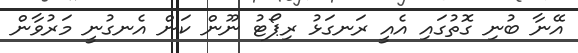
އޭނާ ބުނި ގޮތުގައި އެއީ ރަނގަޅު ރިޕޯޓު ނޫން ކަން އެނގުނީ މަރުވާން